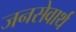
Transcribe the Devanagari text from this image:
जनसेवार्थ